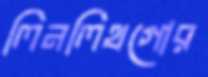
লিনলিথগোর